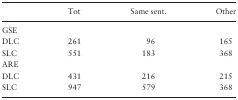
<table><thead><tr><td></td><td><b>Tot</b></td><td><b>Same sent.</b></td><td><b>Other</b></td></tr></thead><tbody><tr><td>GSE</td><td></td><td></td><td></td></tr><tr><td>DLC</td><td>261</td><td>96</td><td>165</td></tr><tr><td>SLC</td><td>551</td><td>183</td><td>368</td></tr><tr><td>ARE</td><td></td><td></td><td></td></tr><tr><td>DLC</td><td>431</td><td>216</td><td>215</td></tr><tr><td>SLC</td><td>947</td><td>579</td><td>368</td></tr></tbody></table>